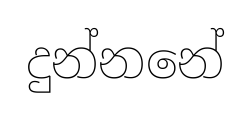
දුන්නනේ